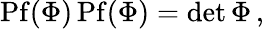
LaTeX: \mathrm{Pf}(\Phi)\, \mathrm{Pf}(\Phi)=\operatorname*{det}\Phi\, ,